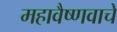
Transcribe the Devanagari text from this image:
महावैष्णवाचे